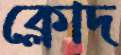
ক্লোদ